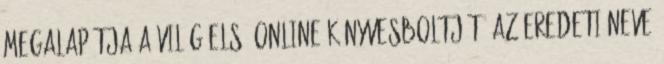
megalapítja a világ első online könyvesboltját. Az eredeti neve